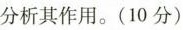
分析其作用。(10分)